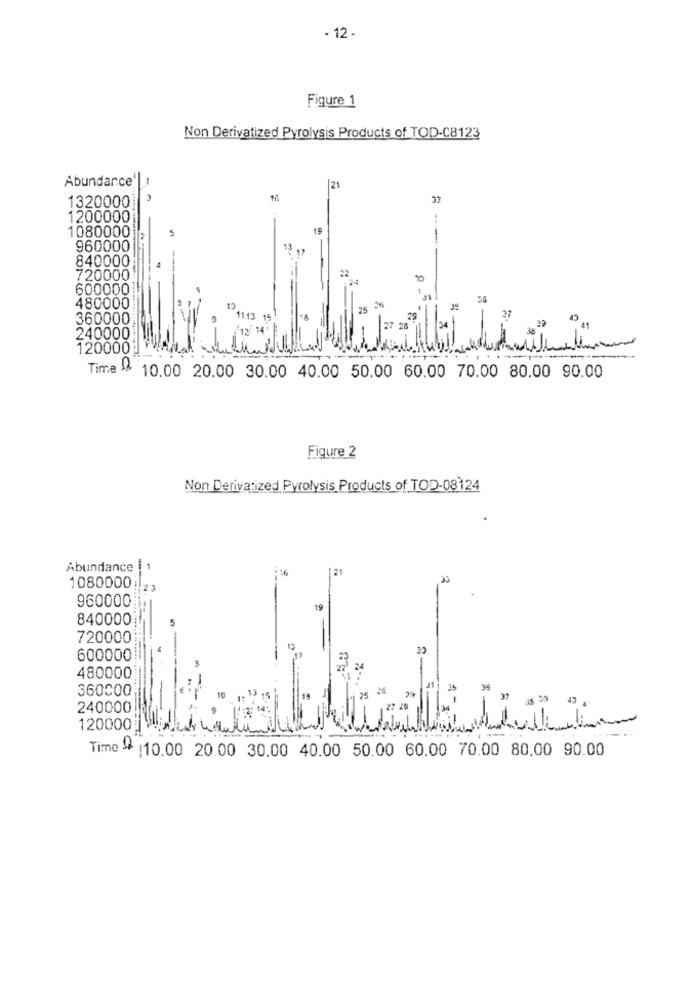
- 12 -
Figure 1
Non Derivatized Pyrolysis Products of TOD-C8123
Abundance
21
33
1320000
1200000
..
1080000
960000
840000
22
720000!
24
600000
31
56
480000
25
360000
11 13
29
27
27 28
34
41
240000
120000!
Time D2
10.00 20.00 30.00 40.00 50.00 60.00 70.00 80.00 90.00
Figure 2
Non Derivatized Pyrolysis Products of TOD-08-124
Abundance
21
1080000 !!
960000
19
840000
720000
600000
25
24
480000
360000
25 26
31
35
35
37
240000
27 28
120000
Time - 10.00 20.00 30.00 40.00 50.00 60.00 70.00 80.00 90.00